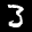
Label: 3